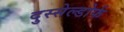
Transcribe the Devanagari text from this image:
दुस्सेल्डोर्फ